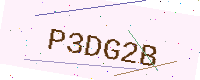
Text: P3DG2B